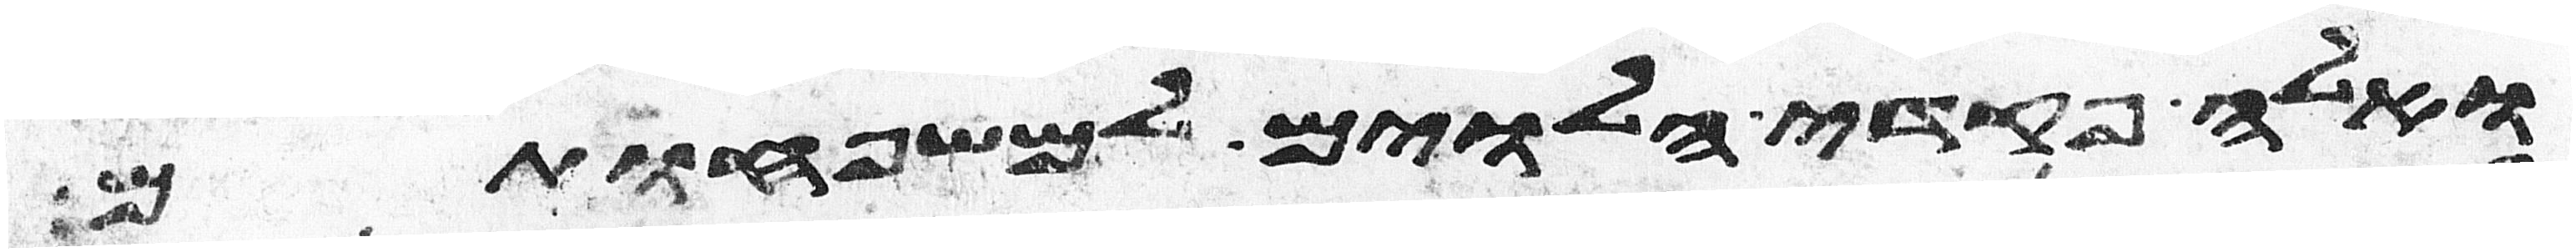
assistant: ואלה פקדי הלוים למשפחותם